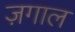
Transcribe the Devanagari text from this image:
ज़गाल